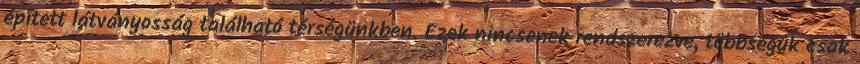
épített látványosság található térségünkben. Ezek nincsenek rendszerezve, többségük csak